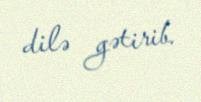
dilə gətirib.